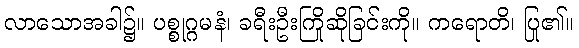
လာသောအခါ၌။ ပစ္စုဂ္ဂမနံ၊ ခရီးဦးကြိုဆိုခြင်းကို။ ကရောတိ၊ ပြု၏။